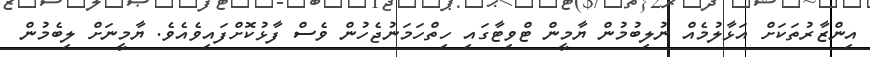
އިންޒާރުތަކަށް އަޅާލުމެއް ނުލިބުމުން ޔާމީން ޓްވިޓާގައި ހިތްހަމަނުޖެހުން ވެސް ފާޅުކޮށްފައިވެއެވެ. ޔާމީނަށް ލިބެމުން